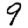
Digit: 9